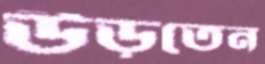
উড়তেন